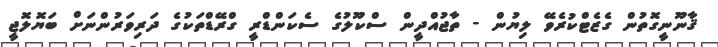
ޤާނޫނީގޮތުން ގެޒެޓްކުރެވޭ ލިޔުން - ތާޖުއްދީން ސްކޫލުގެ ސެކަންޑްރީ ގްރޭޑްތަކުގެ ދަރިވަރުންނަށް ބަޔޮލޮޖީ